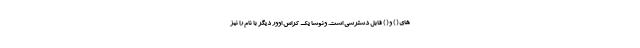
های ( ) و ( ) قابل دسترسی است. ونوشا یک کراس اوور دیگر با نام را نیز